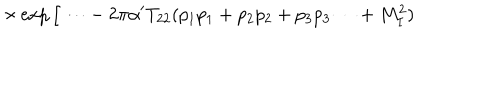
\times \exp \Big [ \cdots - 2 \pi \alpha ^ { \prime } T _ { 2 2 } ( p _ { 1 } p _ { 1 } + p _ { 2 } p _ { 2 } + p _ { 3 } p _ { 3 } \cdots + M _ { I } ^ { 2 } )